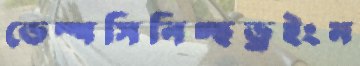
ডেম্পসিনিচ্ছড্রইংম